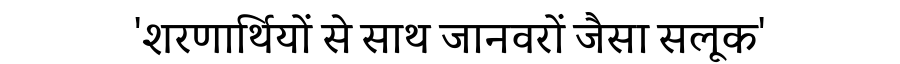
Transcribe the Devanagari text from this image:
'शरणार्थियों से साथ जानवरों जैसा सलूक'